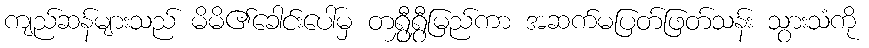
ကျည်ဆန်များသည် မိမိ၏ခေါင်းပေါ်မှ တရွှီရွှီမြည်ကာ အဆက်မပြတ်ဖြတ်သန်း သွားသံကို